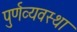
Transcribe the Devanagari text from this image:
पुर्णव्यवस्था